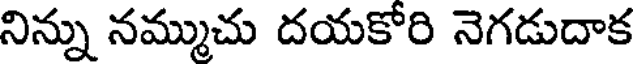
నిన్ను నమ్ముచు దయకోరి నెగడుదాక